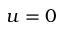
u = 0